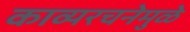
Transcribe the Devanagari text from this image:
काव्यरचनेमुळे